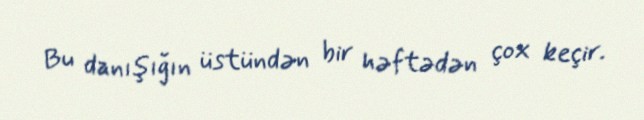
Bu danışığın üstündən bir həftədən çox keçir.